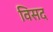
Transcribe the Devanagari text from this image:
विसद